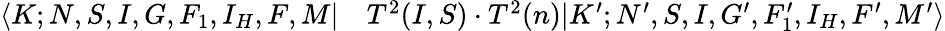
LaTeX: \begin{array}{rl}{\langle K;N,S,I,G,F_{1},I_{H},F,M|}&{{}T^{2}(I,S)\cdot T^{2}(n)|K^{\prime};N^{\prime},S,I,G^{\prime},F_{1}^{\prime},I_{H},F^{\prime},M^{\prime}\rangle}\end{array}